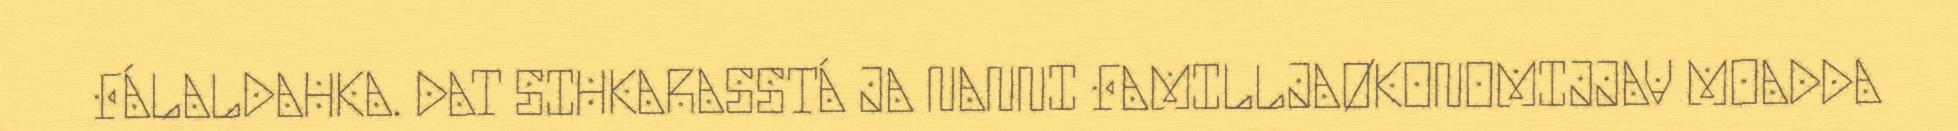
FÁLALDAHKA. DAT SIHKARASSTÁ JA NANNI FAMILLJAØKONOMIJJAV MOADDA